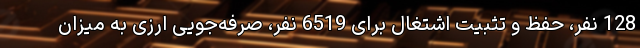
128 نفر، حفظ و تثبیت اشتغال برای 6519 نفر، صرفه‌جویی ارزی به میزان